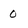
Character: 0